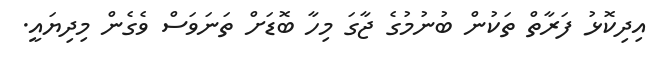
އިދިކޮޅު ފަރާތް ތަކުން ބުނުމުގެ ޖާގަ މިހާ ބޮޑަށް ތަނަވަސް ވެގެން މިދިޔައީ.